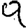
Digit: 9